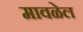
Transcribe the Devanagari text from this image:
मावळेल